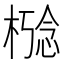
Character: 𪳋